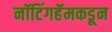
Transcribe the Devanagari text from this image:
नॉटिंगहॅमकडून